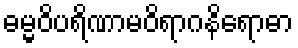
ဓမ္မဝိပရိဏာမဝိရာဂနိရောဓာ